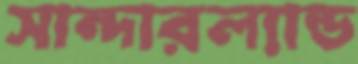
সান্দারল্যান্ড